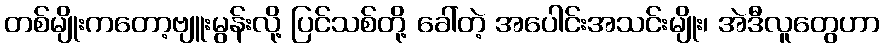
တစ်မျိုးကတော့ဗျူးမွန်းလို့ ပြင်သစ်တို့ ခေါ်တဲ့ အပေါင်းအသင်းမျိုး၊ အဲဒီလူတွေဟာ